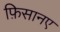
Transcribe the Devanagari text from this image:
फ़िसानए